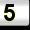
Digit: 5